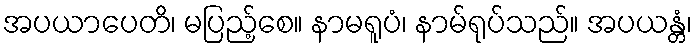
အပယာပေတိ၊ မပြည့်စေ။ နာမရူပံ၊ နာမ်ရုပ်သည်။ အပယန္တံ၊